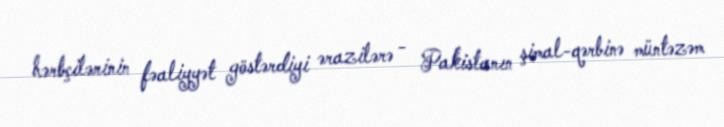
hərbçilərinin fəaliyyət göstərdiyi ərazilərə - Pakistanın şimal-qərbinə müntəzəm